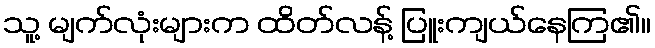
သူ့ မျက်လုံးများက ထိတ်လန့် ပြူးကျယ်နေကြ၏။